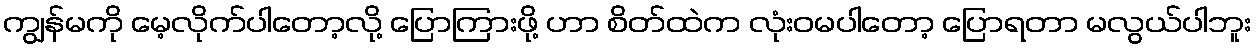
ကျွန်မကို မေ့လိုက်ပါတော့လို့ ပြောကြားဖို့ ဟာ စိတ်ထဲက လုံးဝမပါတော့ ပြောရတာ မလွယ်ပါဘူး